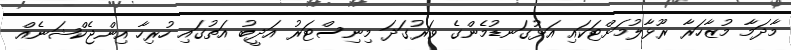
މާދަމާ މުޒާހަރާ ރޫޅާލުމަށްޓަކައި އަޅުގަނޑުމެންގެ ވަރުގަދަ މިނިސްޓަރު އަދީބު އަތުގައި ހުރިހާ އިންޖެކްޝަނެއް